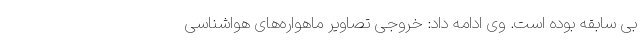
بی سابقه بوده است. وی ادامه داد: خروجی تصاویر ماهواره‌های هواشناسی